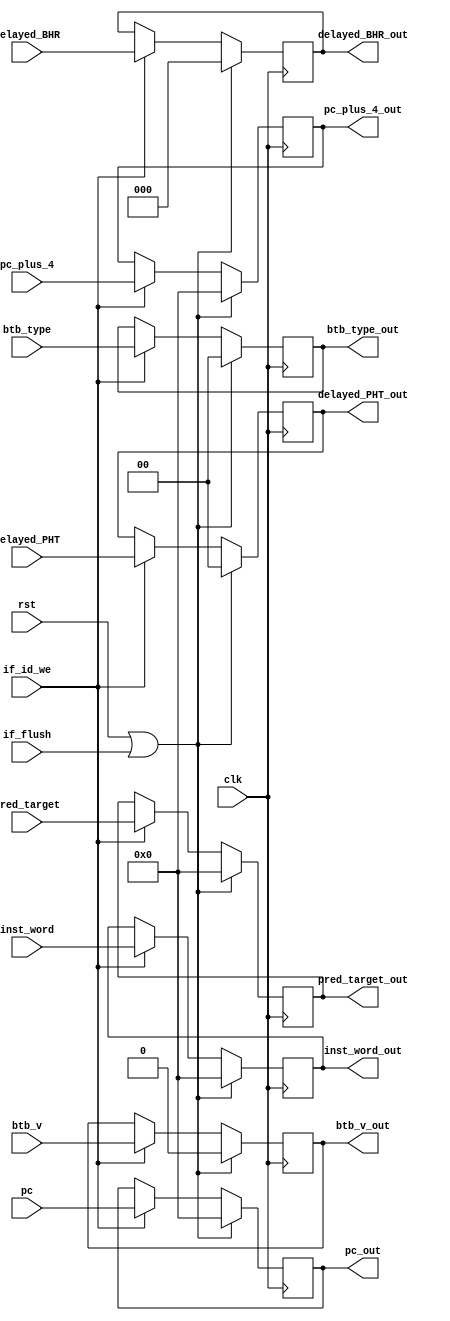
module     core_if_id(
                       clk,
                       rst,
                       if_id_we,
                       if_flush,
                       pc_plus_4,
                       inst_word,
                       pc,
                       pred_target,
                       delayed_PHT,
                       delayed_BHR,
                       btb_type,
                       btb_v,
                       pc_plus_4_out,
                       inst_word_out,
                       pc_out,
                       pred_target_out,
                       delayed_PHT_out,
                       delayed_BHR_out,
                       btb_type_out,
                       btb_v_out
                       );
input        clk;
input        rst;
input [31:0] pc_plus_4;
input [31:0] inst_word;
input [31:0] pc;
input [31:0] pred_target;
input [1:0]  delayed_PHT;
input [2:0]  delayed_BHR;
input [1:0]  btb_type;
input        btb_v;
input        if_id_we;
input        if_flush;
output [31:0] pc_plus_4_out;
output [31:0] inst_word_out;
output [31:0] pc_out;
output [31:0] pred_target_out;
output [1:0]  delayed_PHT_out;
output [2:0]  delayed_BHR_out;
output [1:0]  btb_type_out;
output        btb_v_out;
reg  [31:0]  inst_word_out;
reg  [31:0]  pc_plus_4_out;
reg  [31:0]  pc_out;
reg  [31:0]  pred_target_out;
reg  [1:0]   delayed_PHT_out;
reg  [2:0]   delayed_BHR_out;
reg  [1:0]   btb_type_out;
reg          btb_v_out;
always@(posedge clk)
begin
  if(rst||if_flush)
    begin
      pc_plus_4_out<=32'h0000;
      inst_word_out<=32'h0000;
      pc_out<=32'h0000;
      pred_target_out<=32'h0000;
      delayed_PHT_out<=2'b00;
      delayed_BHR_out<=3'b000;
      btb_type_out<=2'b00;
      btb_v_out<=1'b0;
    end
    else if(if_id_we)
      begin
        pc_plus_4_out<=pc_plus_4;
        inst_word_out<=inst_word;
        pc_out<=pc;
        pred_target_out<=pred_target;
        delayed_PHT_out<=delayed_PHT;
        delayed_BHR_out<=delayed_BHR;
        btb_type_out<=btb_type;
        btb_v_out<=btb_v;
      end
end
endmodule